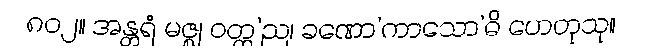
၈၀၂။ အန္တရံ မဇ္ဈ ဝတ္ထ’ည၊ ခဏော’ကာသော’ဓိ ဟေတုသု။